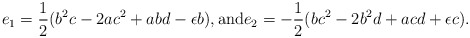
\begin{align*}e_1 = \displaystyle \frac{1}{2}(b^2c - 2ac^2 + abd - \epsilon b), \mbox{and} e_2 = \displaystyle -\frac{1}{2}(bc^2 - 2b^2d + acd + \epsilon c).\end{align*}